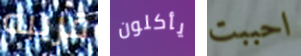
قريبه يأكلون احببت